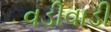
વડીવાડી